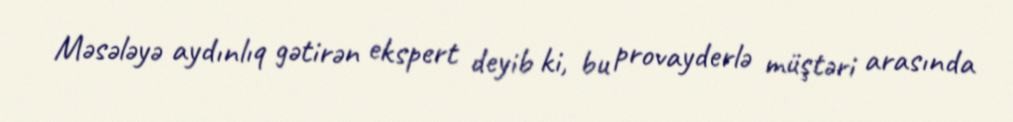
Məsələyə aydınlıq gətirən ekspert deyib ki, bu provayderlə müştəri arasında